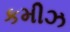
કમીઝ